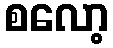
စလော့